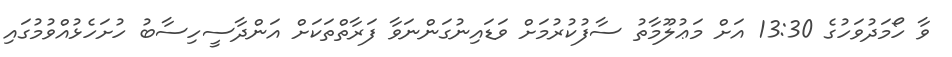
ވާ ހޯމަދުވަހުގެ 13:30 އަށް މަޢުލޫމާތު ސާފުކުރުމަށް ވަޑައިނުގަންނަވާ ފަރާތްތަކަށް އަންދާސީހިސާބު ހުށަހެޅުއްވުމުގައި